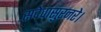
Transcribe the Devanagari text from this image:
सदेवासुरनरे।